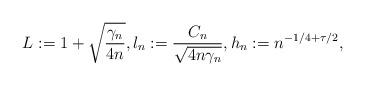
LaTeX: \begin{align*}L:=1+\sqrt{\frac{\gamma_n}{4n}}, l_n:= \frac{C_n}{\sqrt{4 n \gamma_n}},h_n:=n^{-1/4+\tau/2},\end{align*}